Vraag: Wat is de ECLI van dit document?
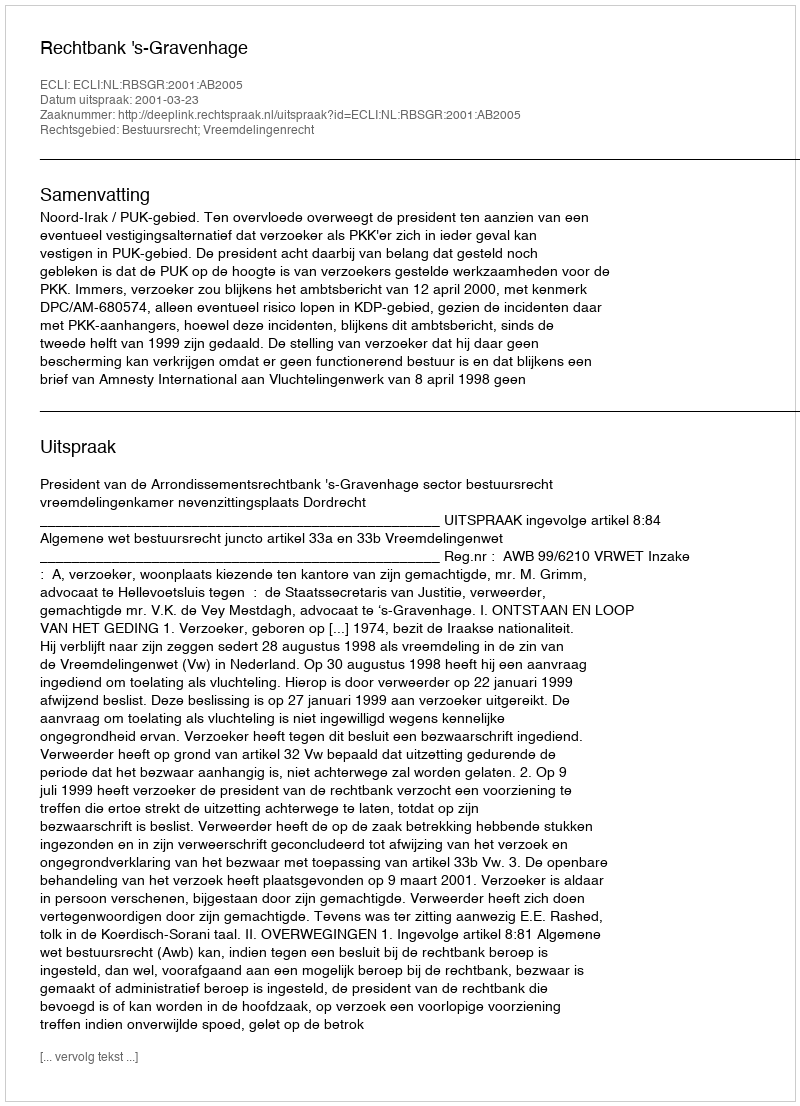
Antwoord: ECLI:NL:RBSGR:2001:AB2005